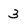
Character: 3